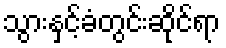
သွားနှင့်ခံတွင်းဆိုင်ရာ